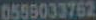
0559033762